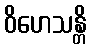
ဝိဟေသန္တိ